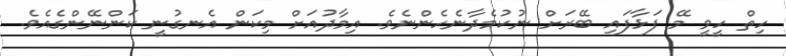
ހިތް ހީވީ މޭ ފަޅާފައި ބޭރަށް ނުކުމެދާނެހެންނެވެ. އިމާދުއަށް މިކަން އެނގުނީ ކަންނޭންގެއެވެ.